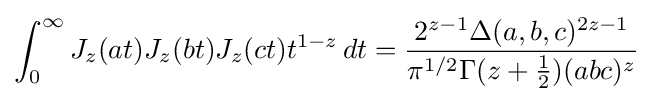
\int _{0}^{\infty }J_{z}(at)J_{z}(bt)J_{z}(ct)t^{1-z}\,dt={\frac {2^{z-1}\Delta (a,b,c)^{2z-1}}{\pi ^{1/2}\Gamma (z+{\tfrac {1}{2}})(abc)^{z}}}